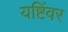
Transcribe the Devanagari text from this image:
यष्टिंवर